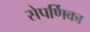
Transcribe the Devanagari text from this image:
सेपर्णिका